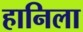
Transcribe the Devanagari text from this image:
हानिला